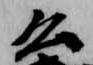
公